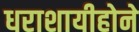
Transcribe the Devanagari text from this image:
धराशायीहोने